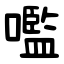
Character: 嚂